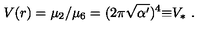
V ( r ) = \mu _ { 2 } / \mu _ { 6 } = ( 2 \pi \sqrt { \alpha ^ { \prime } } ) ^ { 4 } { \equiv } V _ { * } \ .